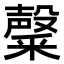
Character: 𮡑